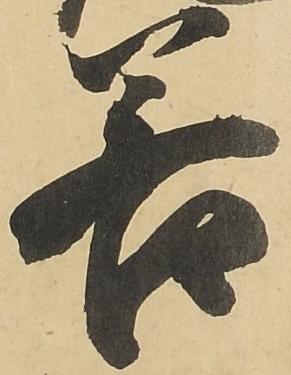
若